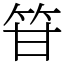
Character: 䇞